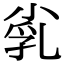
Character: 𡭾